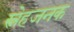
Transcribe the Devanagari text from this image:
स्नेहजनक